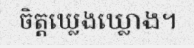
ចិត្តឃ្លេងឃ្លោង។